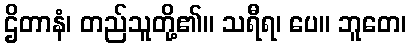
ဌိတာနံ၊ တည်သူတို့၏။ သရီရ၊ ပေ။ ဘူတေ၊